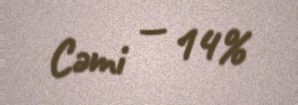
Cəmi — 14%